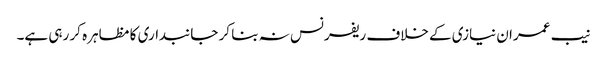
نیب عمران نیازی کے خلاف ریفرنس نہ بنا کر جانبداری کا مظاہرہ کر رہی ہے۔